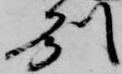
州